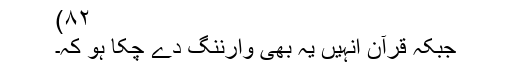
۸۲)
جبکہ قرآن انہیں یہ بھی وارننگ دے چکا ہو کہ۔